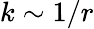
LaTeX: k\sim 1/r